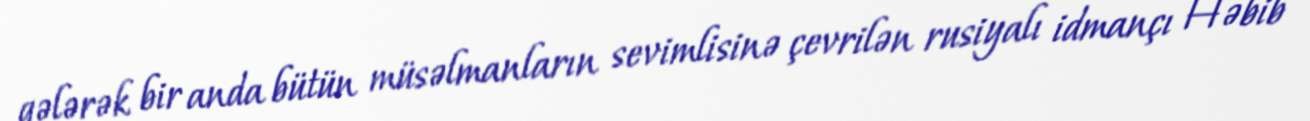
gələrək bir anda bütün müsəlmanların sevimlisinə çevrilən rusiyalı idmançı Həbib